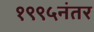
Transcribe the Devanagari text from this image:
१९९५नंतर